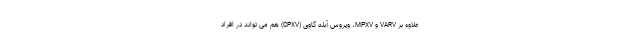
علاوه بر VARV و MPXV، ویروس آبله گاوی (CPXV) هم می تواند در افراد